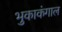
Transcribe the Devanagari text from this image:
भुकाकंगाल